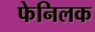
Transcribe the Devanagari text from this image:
फेनिलक